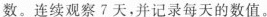
数。连续观察7天，并记录每天的数值。